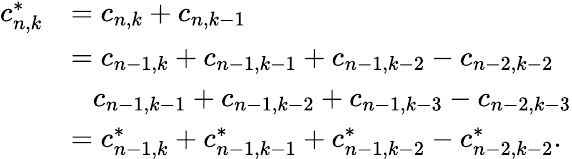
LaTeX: \begin{array}{rl}{c_{n,k}^{*}}&{=c_{n,k}+c_{n,k-1}}\\ &{=c_{n-1,k}+c_{n-1,k-1}+c_{n-1,k-2}-c_{n-2,k-2}}\\ &{\phantom{=}c_{n-1,k-1}+c_{n-1,k-2}+c_{n-1,k-3}-c_{n-2,k-3}}\\ &{=c_{n-1,k}^{*}+c_{n-1,k-1}^{*}+c_{n-1,k-2}^{*}-c_{n-2,k-2}^{*}.}\end{array}